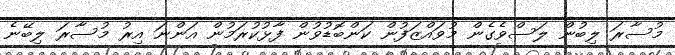
މުސާރަ ލިބުން ލަސްވެގެން މުވައްޒަފުން ކަންބޮޑުވުން ފާޅުކުރަމުން އަންނަ އިރު މުސާރަ ލިބޭނެ